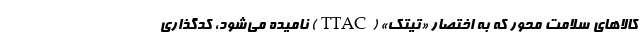
کالاهای سلامت محور که به اختصار «تیتک» (TTAC) نامیده می‌شود، کدگذاری